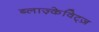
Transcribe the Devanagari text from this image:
ब्लाज़्केविट्ज़